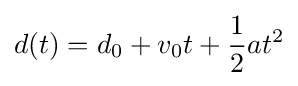
d(t)=d_{0}+v_{0}t+{1 \over 2}at^{2}